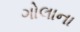
ગોલાના